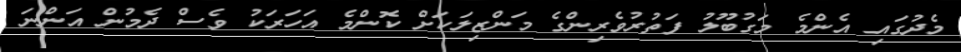
މެދުގައި އެންމެ މަގުބޫލު ފަތުރުވެރިންގެ މަންޒިލަކަށް ކޮންމެ އަހަރަކު ވެސް ދެމުން އަންނަ